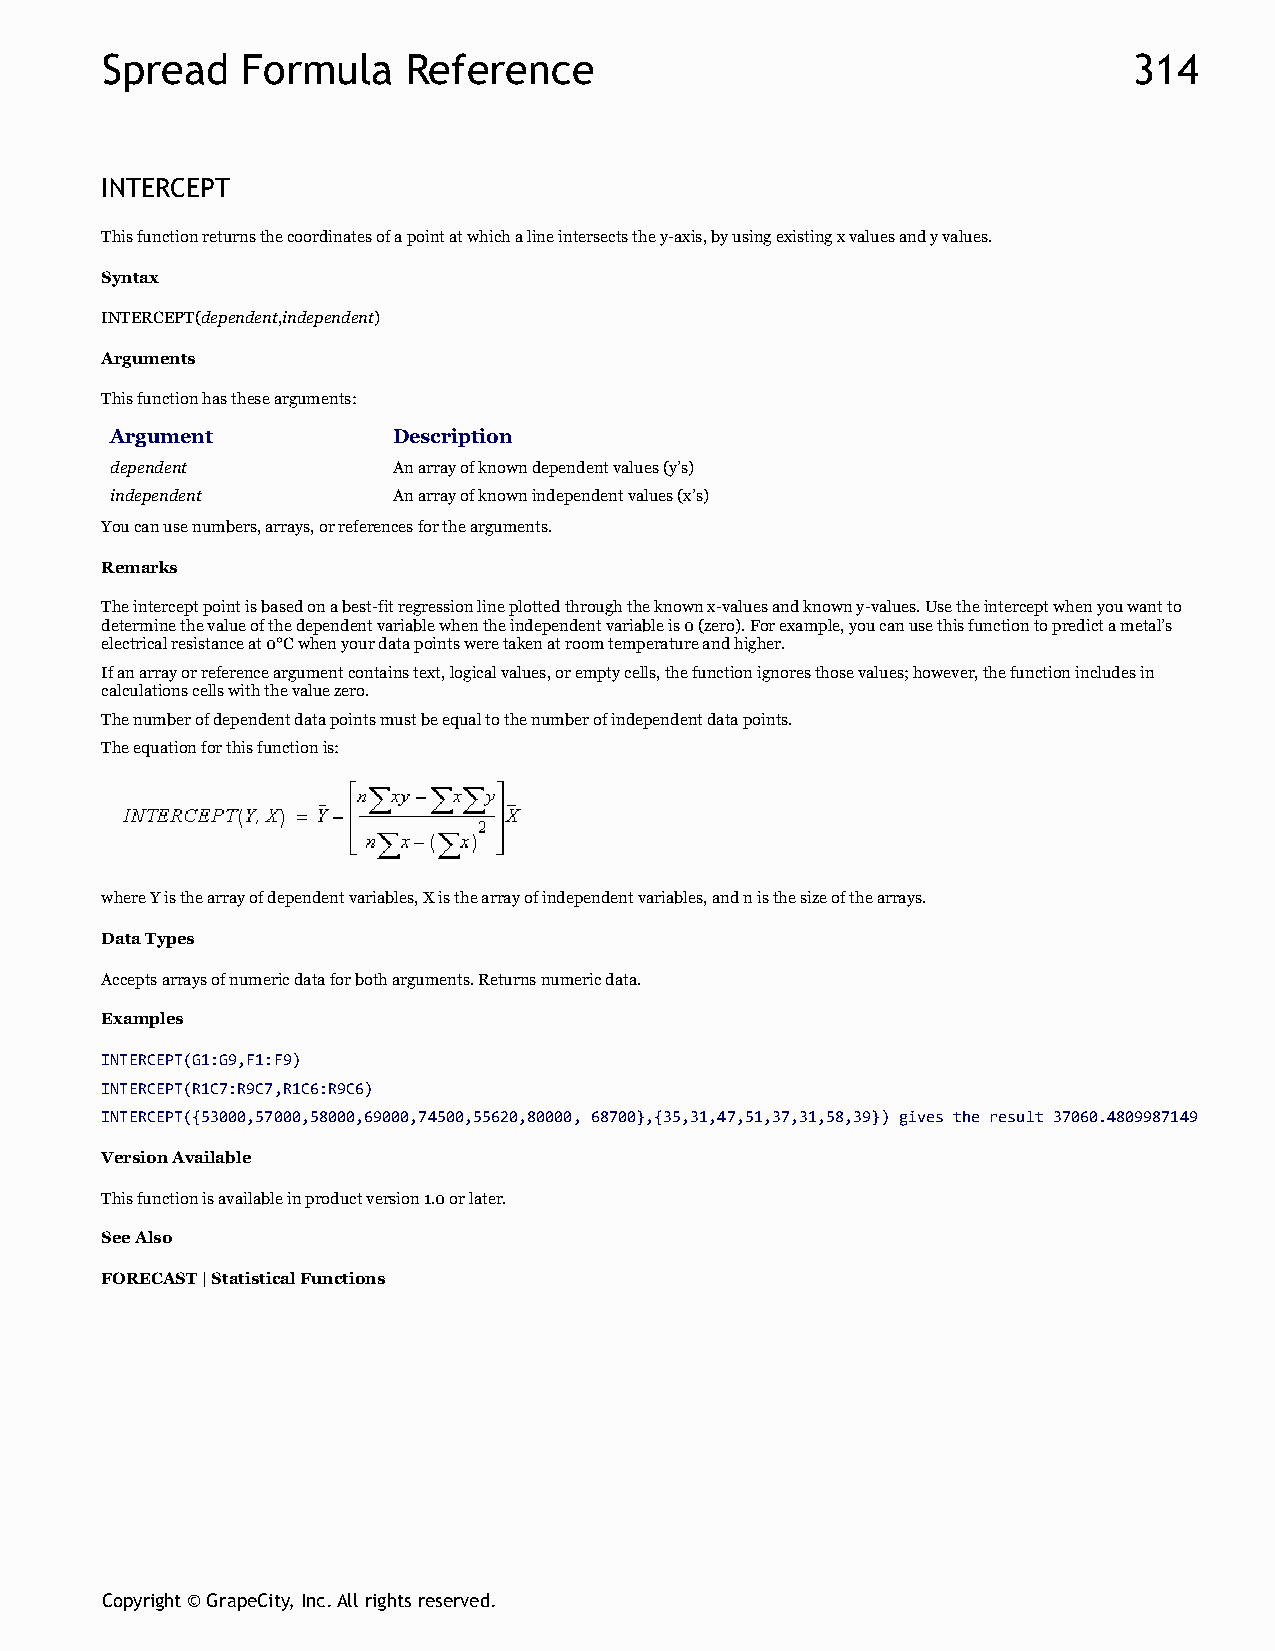
Spread   Formula    Reference                                       314
 INTERCEPT
 This function returns the coordinates of a point at which a line intersects the y-axis, by using existing x values and y values.
 Syntax
 INTERCEPT(dependent,independent)
 Arguments
 This function has these arguments:
 Argument           Description
 dependent          An array of known dependent values (y’s)
 independent        An array of known independent values (x’s)
 You can use numbers, arrays, or references for the arguments.
 Remarks
 The intercept point is based on a best-fit regression line plotted through the known x-values and known y-values. Use the intercept when you want to
 determine the value of the dependent variable when the independent variable is 0 (zero). For example, you can use this function to predict a metal’s
 electrical resistance at 0°C when your data points were taken at room temperature and higher.
 If an array or reference argument contains text, logical values, or empty cells, the function ignores those values; however, the function includes in
 calculations cells with the value zero.
 The number of dependent data points must be equal to the number of independent data points.
 The equation for this function is:
 where Y is the array of dependent variables, X is the array of independent variables, and n is the size of the arrays.
 Data Types
 Accepts arrays of numeric data for both arguments. Returns numeric data.
 Examples
 INTERCEPT(G1:G9,F1:F9)
 INTERCEPT(R1C7:R9C7,R1C6:R9C6)
 INTERCEPT({53000,57000,58000,69000,74500,55620,80000, 68700},{35,31,47,51,37,31,58,39}) gives the result 37060.4809987149
 Version Available
 This function is available in product version 1.0 or later.
 See Also
 FORECAST | Statistical Functions
 Copyright © GrapeCity, Inc. All rights reserved.